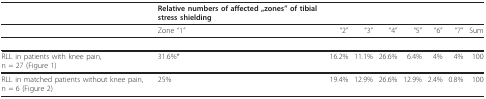
<table><thead><tr><td></td><td><b>Relative numbers of affected „zones&quot; of tibial stress shielding</b></td><td></td><td></td><td></td><td></td><td></td><td></td><td></td></tr></thead><tbody><tr><td></td><td>Zone &quot;1&quot;</td><td>&quot;2&quot;</td><td>&quot;3&quot;</td><td>&quot;4&quot;</td><td>&quot;5&quot;</td><td>&quot;6&quot;</td><td>&quot;7&quot;</td><td>Sum</td></tr><tr><td>RLL in patients with knee pain, n = 27 (Figure 1)</td><td>31.6%*</td><td>16.2%</td><td>11.1%</td><td>26.6%</td><td>6.4%</td><td>4%</td><td>4%</td><td>100</td></tr><tr><td>RLL in matched patients without knee pain, n = 6 (Figure 2)</td><td>25%</td><td>19.4%</td><td>12.9%</td><td>26.6%</td><td>12.9%</td><td>2.4%</td><td>0.8%</td><td>100</td></tr></tbody></table>